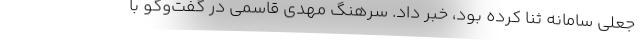
جعلی سامانه ثنا کرده بود، خبر داد. سرهنگ مهدی قاسمی در گفت‌وگو با